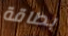
بطاقة